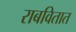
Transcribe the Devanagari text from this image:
राबवितात